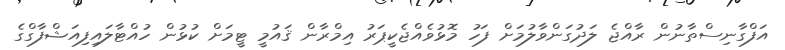
އަފްގާނިސްތާނުން ރާއްޖެ ލަދުގަންވާލުމަށް ފަހު މޮޅުވެއްޖެކީޕަރު އިމްރާން ޤައުމީ ޓީމަށް ކުޅުން ހުއްޓާލައިފިއަޝްފާގްގެ